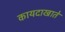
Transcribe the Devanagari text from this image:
कायदाखाते